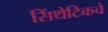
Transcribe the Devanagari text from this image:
सिंथेटिकचे